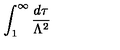
\int _ { 1 } ^ { \infty } \frac { d \tau } { \Lambda ^ { 2 } }